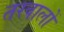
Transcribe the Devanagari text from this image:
तरवालों